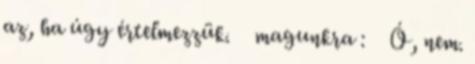
az, ha úgy értelmezzük. magunkra : Ó, nem.